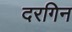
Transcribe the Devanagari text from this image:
दरगिन